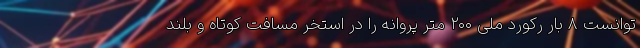
توانست ۸ بار رکورد ملی ۲۰۰ متر پروانه را در استخر مسافت کوتاه و بلند